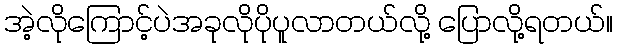
အဲ့လိုကြောင့်ပဲအခုလိုပိုပူလာတယ်လို့ ပြောလို့ရတယ်။